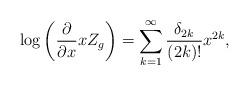
LaTeX: \begin{align*}\log\left(\frac{\partial}{\partial x}xZ_g\right)=\sum_{k=1}^\infty\frac{\delta_{2k}}{(2k)!}x^{2k},\end{align*}